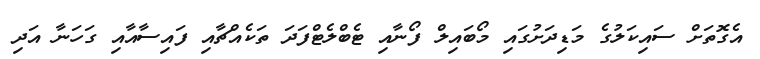
އެގޮތަށް ސައިކަލުގެ މަޑިދަށުގައި މޯބައިލް ފޯނާއި ޓެބްލެޓްފަދަ ތަކެއްޗާއި ފައިސާއާއި ގަހަނާ އަދި